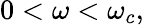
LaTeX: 0<\omega<\omega_{c},